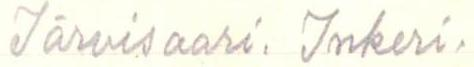
Järvisaari. Inkeri.